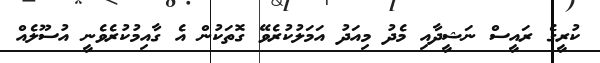
ކުރީގެ ރައީސް ނަޝީދާއި މެދު މިއަދު އަމަލުކުރެވޭ ގޮތަކުން އެ ގާއިމުކުރެވެނީ އުސޫލެއް